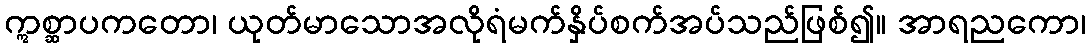
ဣစ္ဆာပကတော၊ ယုတ်မာသောအလိုရံမက်နှိပ်စက်အပ်သည်ဖြစ်၍။ အာရညကော၊